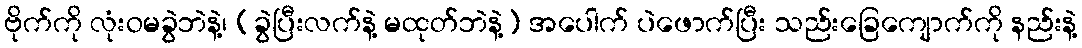
ဗိုက်ကို လုံးဝမခွဲဘဲနဲ့၊ (ခွဲပြီးလက်နဲ့ မထုတ်ဘဲနဲ့) အပေါက် ပဲဖောက်ပြီး သည်းခြေကျောက်ကို နည်းနဲ့